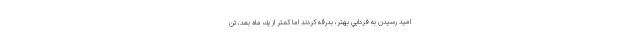
اميد رسيدن به فردايي بهتر، بدرقه كردند اما كمتر از يك ماه بعد، تن